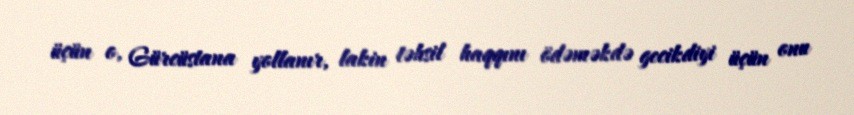
üçün o, Gürcüstana yollanır, lakin təhsil haqqını ödəməkdə gecikdiyi üçün onu